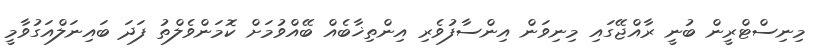
މިނިސްޓްރީން ބުނީ ރާއްޖޭގައި މިނިވަން އިންސާފުވެރި އިންތިޚާބެއް ބޭއްވުމަށް ކޮމަންވެލްތު ފަދަ ބައިނަލްއަގުވާމީ